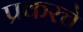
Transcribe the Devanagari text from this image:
प्रकरचे